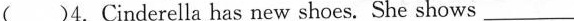
()4. Cinderella has new shoes. She shows ___